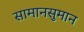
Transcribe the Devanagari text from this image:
सामानसुमान